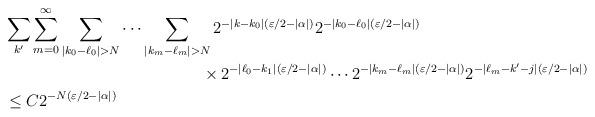
LaTeX: \begin{align*}&\sum_{k'}\sum_{m=0}^\infty \sum_{|k_0-\ell_0|>N}\cdots \sum_{|k_m-\ell_m|>N}2^{-|k-k_0|(\varepsilon/2-|\alpha|)}2^{-|k_0-\ell_0|(\varepsilon/2-|\alpha|)}\\&\hskip 5cm \times 2^{-|\ell_0-k_1|(\varepsilon/2-|\alpha|)}\cdots2^{-|k_m-\ell_m|(\varepsilon/2-|\alpha|)} 2^{-|\ell_m-k'-j|(\varepsilon/2-|\alpha|)}\\&\le C2^{-N(\varepsilon/2 -|\alpha|)}\end{align*}